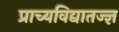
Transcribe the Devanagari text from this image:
प्राच्यविद्यातज्ज्ञ